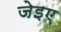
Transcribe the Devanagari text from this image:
जेइए